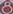
8